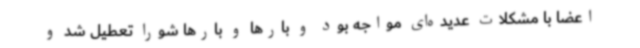
اعضا با مشکلات عدیده‌ای مواجه بود و بارها و بارها شورا تعطیل شد و